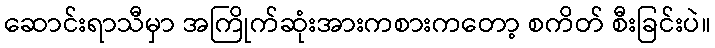
ဆောင်းရာသီမှာ အကြိုက်ဆုံးအားကစားကတော့ စကိတ် စီးခြင်းပဲ။